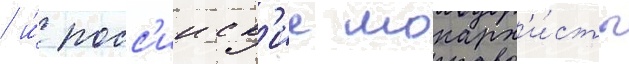
/ и́ росс'ииск'ие монарх'и́сты